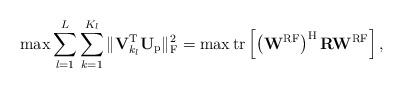
LaTeX: \begin{align*}\max \sum_{l=1}^L \sum_{k=1}^{K_l}\|\mathbf{V}^\mathrm{T}_{k_l} \mathbf{U}_{\mathrm{p}}\|_\mathrm{F}^2 & = \max \mathrm{tr} \left[ \left(\mathbf{W}^{\mathrm{RF}}\right)^{\mathrm{H}} \mathbf{R} \mathbf{W}^{\mathrm{RF}} \right],\end{align*}